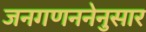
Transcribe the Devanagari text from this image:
जनगणननेनुसार